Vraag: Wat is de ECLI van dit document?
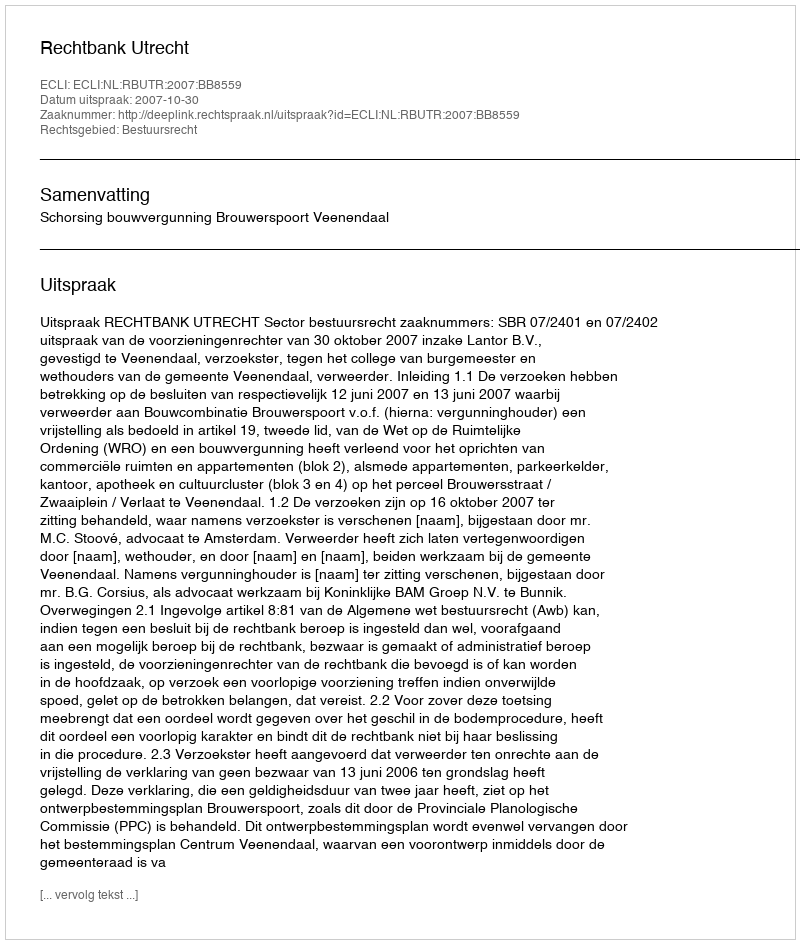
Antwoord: ECLI:NL:RBUTR:2007:BB8559